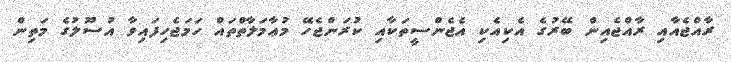
ރާއްޖެއާއި ރާއްޖެއިން ބޭރުގެ އެކިއެކި އެޖެންސީތަކާއި ކުރަންޖެހޭ މުޢާމަލާތްތައް ހަމަޖެހިފައިވާ އުސޫލުގެ މަތިން